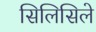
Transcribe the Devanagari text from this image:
सिलिसिले